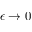
\epsilon \to 0